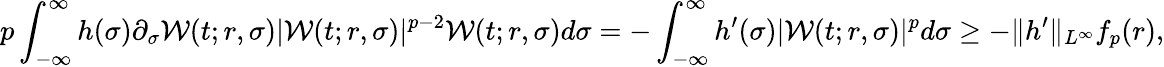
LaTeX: p\int_{-\infty}^{\infty}h(\sigma)\partial_{\sigma}\mathcal{W}(t;r,\sigma)|\mathcal{W}(t;r,\sigma)|^{p-2}\mathcal{W}(t;r,\sigma)d\sigma=-\int_{-\infty}^{\infty}h^{\prime}(\sigma)|\mathcal{W}(t;r,\sigma)|^{p}d\sigma\geq-\| h^{\prime}\| _{L^{\infty}}f_{p}(r),